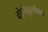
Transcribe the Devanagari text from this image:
बोएरेंब्रुइलोफ़्त